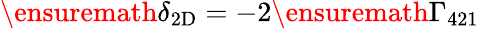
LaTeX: \ensuremath{\delta_{\mathrm{2D}}}=-2\ensuremath{\Gamma_{421}}